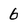
Character: 6